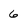
Character: 6